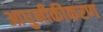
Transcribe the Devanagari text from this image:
आधुनीकीकरण